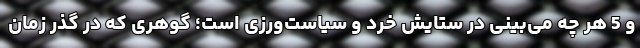
و 5 هر چه می‌بینی در ستایش خرد و سیاست‌ورزی است؛ گوهری که در گذر زمان